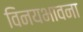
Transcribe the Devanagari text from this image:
विनयभावना